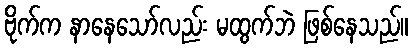
ဗိုက်က နာနေသော်လည်း မထွက်ဘဲ ဖြစ်နေသည်။